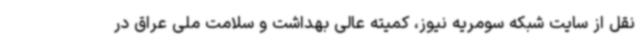
نقل از سایت شبکه سومریه نیوز، کمیته عالی بهداشت و سلامت ملی عراق در